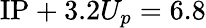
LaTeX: \mathrm{IP}+3.2U_{p}=6.8